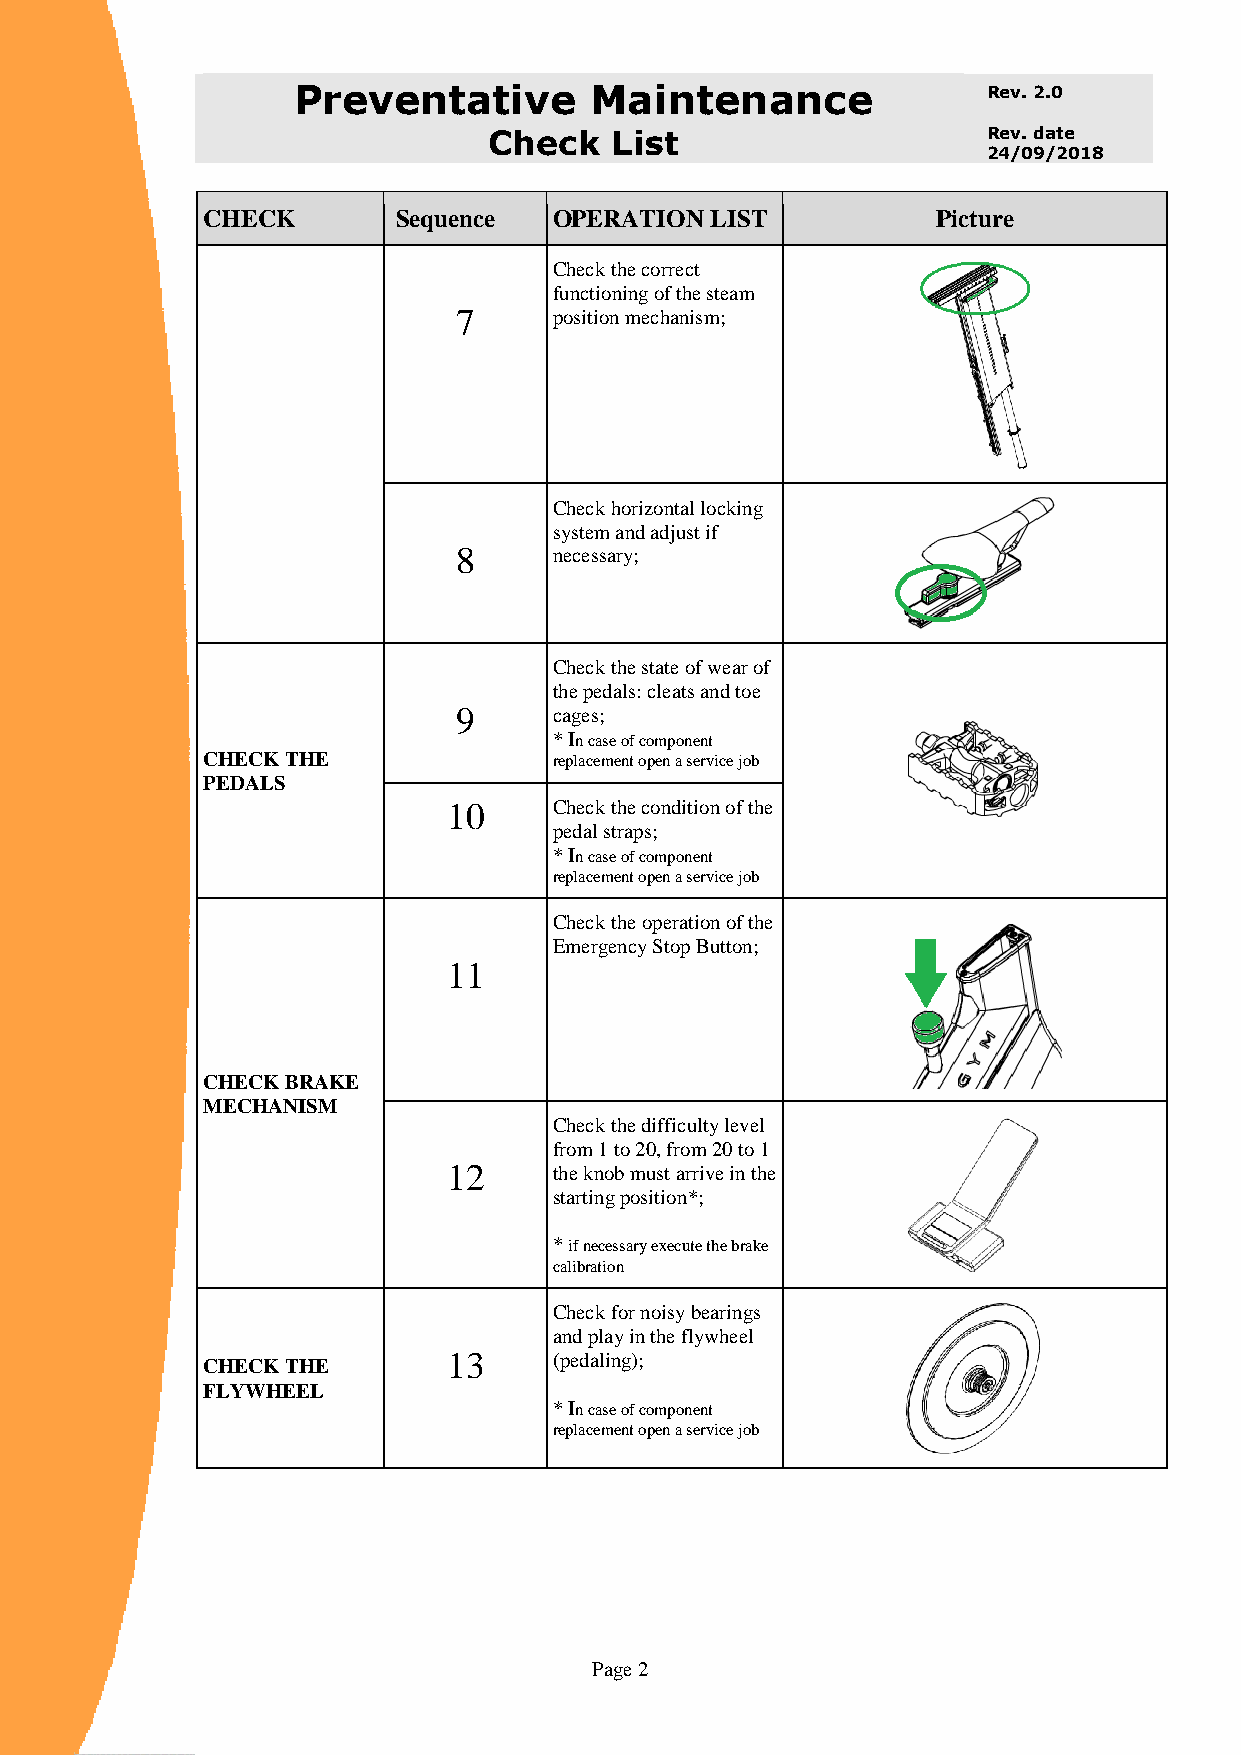
Preventative        Maintenance               Rev. 2.0
 Check   List                     Rev. date
 24/09/2018
 CHECK        Sequence   OPERATION LIST           Picture
 Check the correct
 functioning of the steam
 7      position mechanism;
 Check horizontal locking
 system and adjust if
 8      necessary;
 Check the state of wear of
 the pedals: cleats and toe
 9      cages;
 * In case of component
 CHECK THE               replacement open a service job
 PEDALS
 10     Check the condition of the
 pedal straps;
 * In case of component
 replacement open a service job
 Check the operation of the
 Emergency Stop Button;
 11
 CHECK BRAKE
 MECHANISM
 Check the difficulty level
 from 1 to 20, from 20 to 1
 12     the knob must arrive in the
 starting position*;
 * if necessary execute the brake
 calibration
 Check for noisy bearings
 and play in the flywheel
 CHECK THE        13     (pedaling);
 FLYWHEEL
 * In case of component
 replacement open a service job
 Page 2